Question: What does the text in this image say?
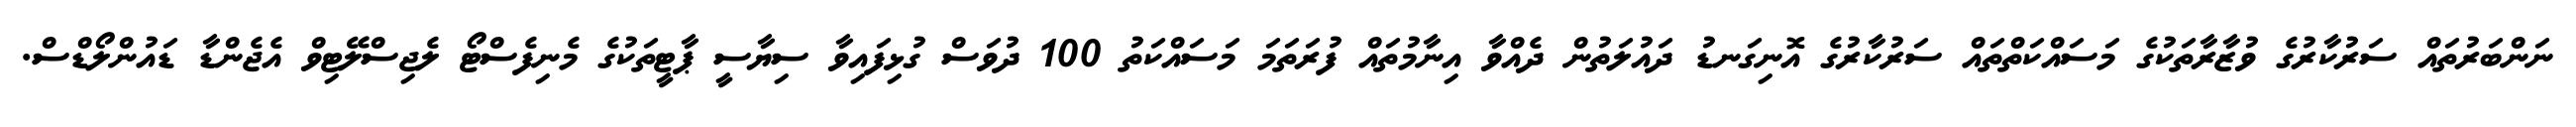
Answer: ނަންބަރުތައް ސަރުކާރުގެ ވުޒާރާތަކުގެ މަސައްކަތްތައް ސަރުކާރުގެ އޮނިގަނޑު ދައުލަތުން ދެއްވާ އިނާމުތައް ފުރަތަމަ މަސައްކަތު 100 ދުވަސް ގުޅިފައިވާ ސިޔާސީ ޕާޓީތަކުގެ މެނިފެސްޓޯ ލެޖިސްލޭޓިވް އެޖެންޑާ ޑައުންލޯޑްސް.